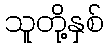
သူတို့နှစ်